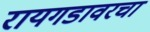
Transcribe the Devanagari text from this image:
रायगडावरचा